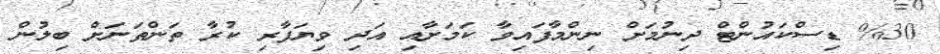
%30 ޑިސްކައުންޓް ދިނުމަށް ނިންމާފައިވާ ކަމަށާއި އަދި ވިޔަފާރި ކުރާ ތަންތަނަށް ބިލުން